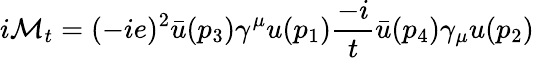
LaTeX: i{\mathcal{M}}_{t}=(-ie)^{2}{\bar{u}}(p_{3})\gamma^{\mu}u(p_{1}){\frac{-i}{t}}{\bar{u}}(p_{4})\gamma_{\mu}u(p_{2})